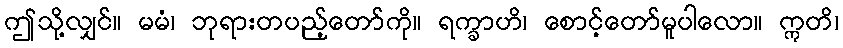
ဤသို့လျှင်။ မမံ၊ ဘုရားတပည့်တော်ကို။ ရက္ခာဟိ၊ စောင့်တော်မူပါလော။ ဣတိ၊